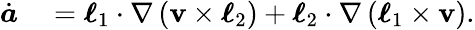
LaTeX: \begin{array}{rl}{\dot{\boldsymbol{a}}}&{{}=\boldsymbol{\ell}_{1}\cdot\nabla\left(\mathbf{v}\times\boldsymbol{\ell}_{2}\right)+\boldsymbol{\ell}_{2}\cdot\nabla\left(\boldsymbol{\ell}_{1}\times\mathbf{v}\right).}\end{array}